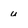
Character: u